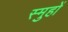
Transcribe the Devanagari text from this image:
स्मुहों